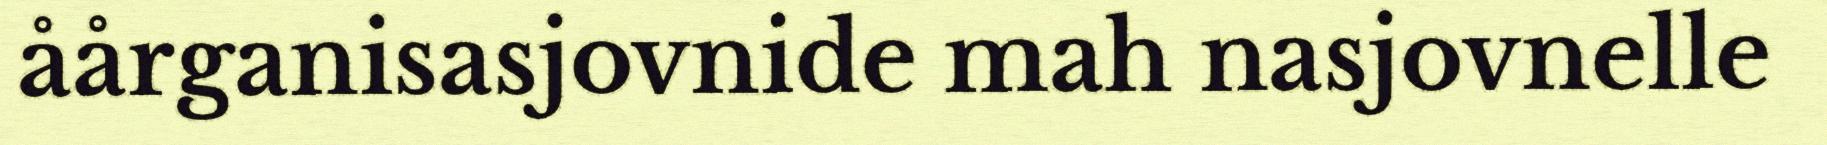
åårganisasjovnide mah nasjovnelle